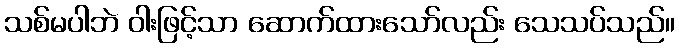
သစ်မပါဘဲ ဝါးဖြင့်သာ ဆောက်ထားသော်လည်း သေသပ်သည်။